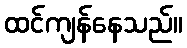
ထင်ကျန်နေသည်။